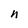
Character: n